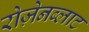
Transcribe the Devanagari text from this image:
रोज़ेनब्लाट